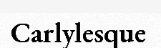
Carlylesque